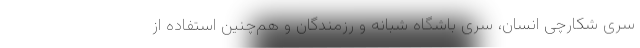
سری شکارچی انسان، سری باشگاه شبانه و رزمندگان و هم‌چنین استفاده از